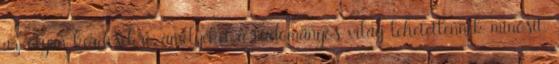
az olyan kérdésekre, amelyeket a tudományos világ lehetetlennek minősít.